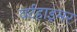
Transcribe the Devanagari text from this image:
वर्टहाइमर